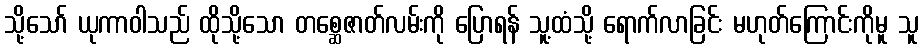
သို့သော် ယုကာဝါသည် ထိုသို့သော တစ္ဆေဇာတ်လမ်းကို ပြောရန် သူ့ထံသို့ ရောက်လာခြင်း မဟုတ်ကြောင်းကိုမူ သူ